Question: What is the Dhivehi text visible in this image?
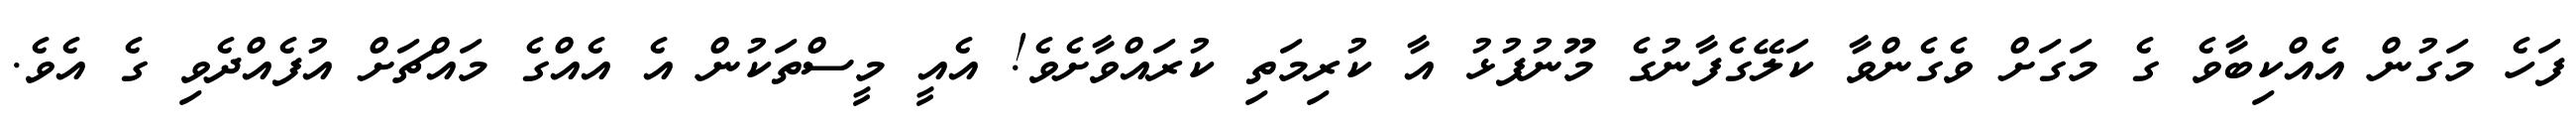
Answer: ފަހެ މަގުން އެއްކިބާވެ ގެ މަގަށް ވެގެންވާ ކަލޭގެފާނުގެ މޫނުފުޅު އާ ކުރިމަތި ކުރައްވާށެވެ! އެއީ މީސްތަކުން އެ އެއްގެ މައްޗަށް އުފެއްދެވި ގެ އެވެ.